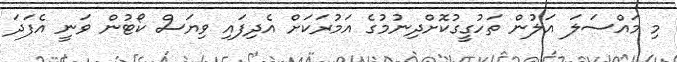
މި މައްސަލަ އަލުން ތަހުގީގުކޮށްދިނުމުގެ އަމުރަކަށް އެދިފައި ވިޔަސް ކޯޓުން ވަނީ އެފަދަ